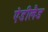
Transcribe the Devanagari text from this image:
ऐडीलैड